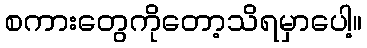
စကားတွေကိုတော့သိရမှာပေါ့။